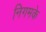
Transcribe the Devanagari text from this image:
निगमके